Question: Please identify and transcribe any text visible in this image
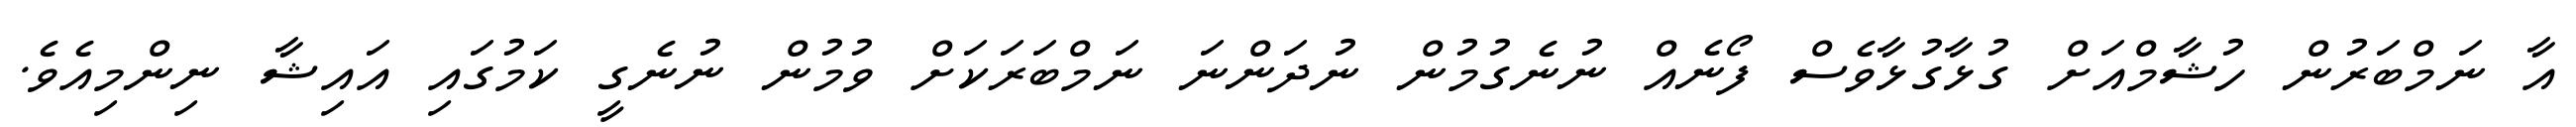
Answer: އާ ނަމްބަރުން ހުޝާމްއަށް ގުޅާގުޅާވެސް ފޯނެއް ނުނެގުމުން ނުދަންނަ ނަމްބަރަކަށް ވުމުން ނުނެގީ ކަމުގައި އައިޝާ ނިންމިއެވެ.